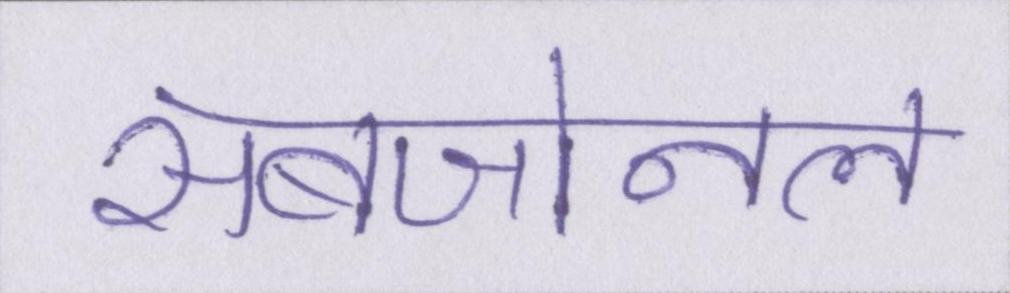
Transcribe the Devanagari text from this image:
सबजोनल